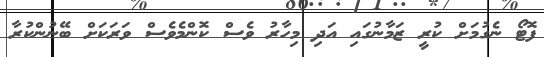
ފޮޓޯ ނެގުމަށް ކުރީ ޒަމާނުގައި އަދި މިހާރު ވެސް ކޮންމެވެސް ވަރަކަށް ބޭނުންކުރާ